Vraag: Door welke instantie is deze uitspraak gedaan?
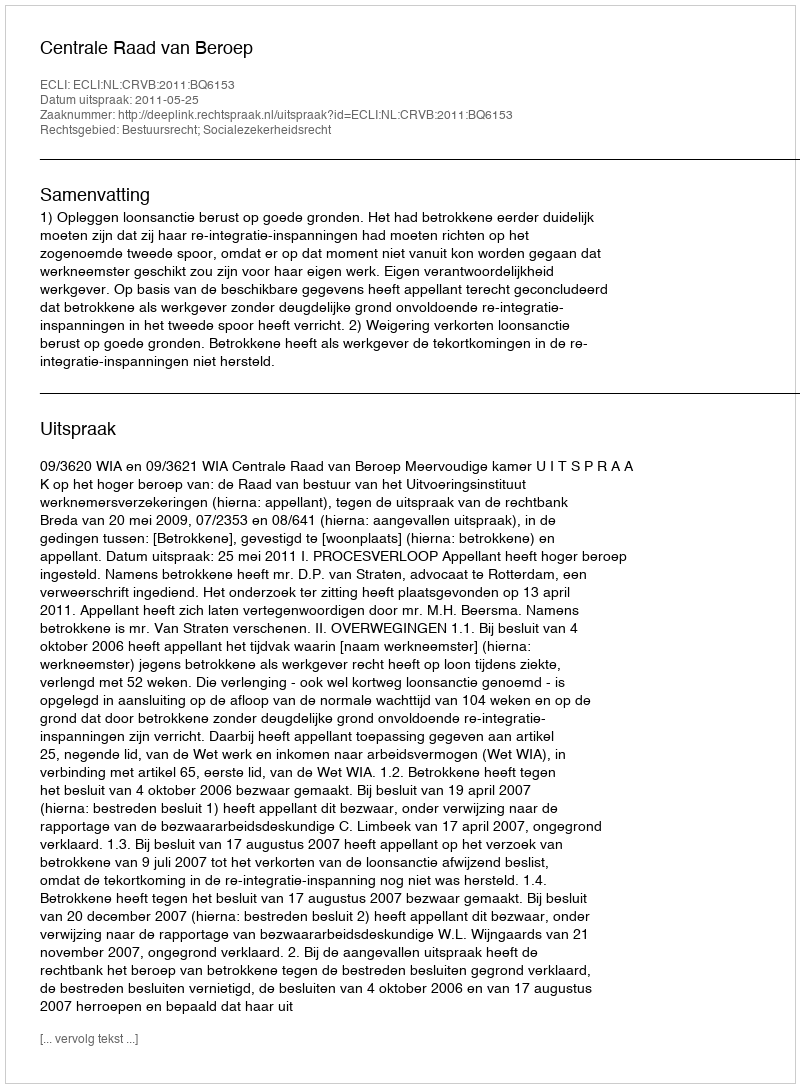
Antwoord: Centrale Raad van Beroep